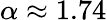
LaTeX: \alpha\approx 1.74